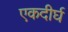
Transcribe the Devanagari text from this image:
एकदीर्घ